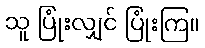
သူ ပြုံးလျှင် ပြုံးကြ။